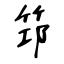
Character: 筇